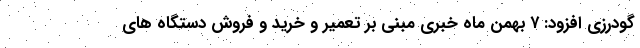
گودرزی افزود: ۷ بهمن ماه خبری مبنی بر تعمیر و خرید و فروش دستگاه های